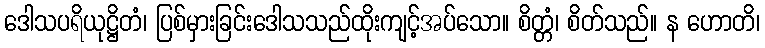
ဒေါသပရိယုဋ္ဌိတံ၊ ပြစ်မှားခြင်းဒေါသသည်ထိုးကျင့်အပ်သော။ စိတ္တံ၊ စိတ်သည်။ န ဟောတိ၊